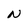
Character: N